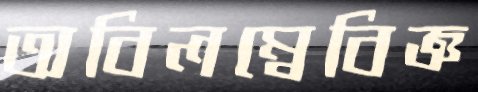
অবিলম্বেবিজ্ঞ